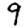
Digit: 9